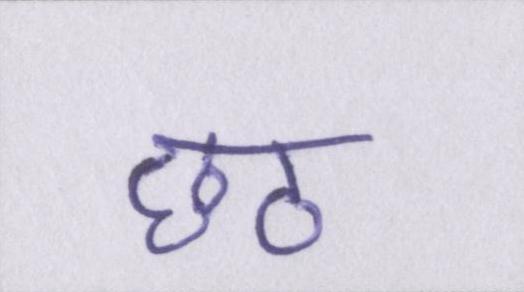
छठ